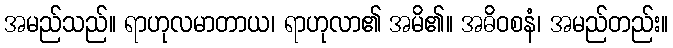
အမည်သည်။ ရာဟုလမာတာယ၊ ရာဟုလာ၏ အမိ၏။ အဓိဝစနံ၊ အမည်တည်း။